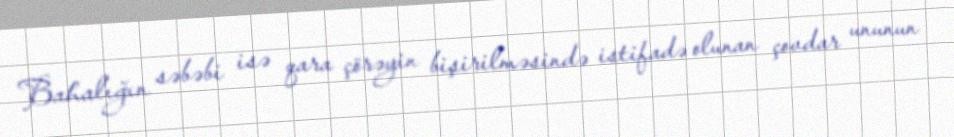
Bahalığın səbəbi isə qara çörəyin bişirilməsində istifadə olunan çovdar ununun